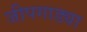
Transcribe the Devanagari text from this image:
जीपगाड्या